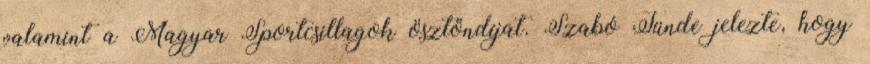
valamint a Magyar Sportcsillagok ösztöndíjat. Szabó Tünde jelezte, hogy